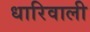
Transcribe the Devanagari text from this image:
धारिवाली